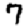
Digit: 7